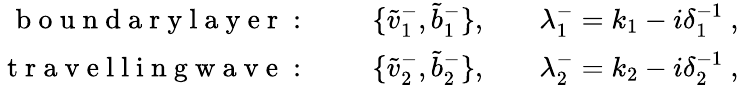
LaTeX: \begin{array}{rlrlr}{\mathrm{~b~o~u~n~d~a~r~y~l~a~y~e~r~:~}}&{{}}&{\{ \tilde{v}_{1}^{-},\tilde{b}_{1}^{-}\} ,}&{{}}&{\lambda_{1}^{-}=k_{1}-i\delta_{1}^{-1}~,}\\ {\mathrm{~t~r~a~v~e~l~l~i~n~g~w~a~v~e~:~}}&{{}}&{\{ \tilde{v}_{2}^{-},\tilde{b}_{2}^{-}\} ,}&{{}}&{\lambda_{2}^{-}=k_{2}-i\delta_{2}^{-1}~,}\end{array}